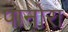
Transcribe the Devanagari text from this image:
पानोरा